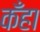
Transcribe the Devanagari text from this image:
कँहा